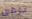
ترمى